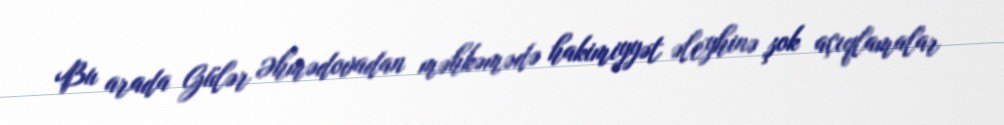
Bu arada Gülər Əhmədovadan məhkəmədə hakimiyyət əleyhinə şok açıqlamalar